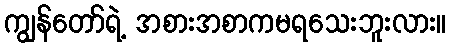
ကျွန်တော်ရဲ့ အစားအစာကမရသေးဘူးလား။